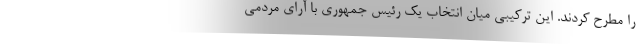
را مطرح کردند. این ترکیبی میان انتخاب یک رئیس جمهوری با آرای مردمی